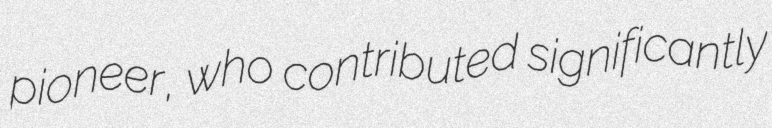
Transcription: pioneer, who contributed significantly